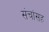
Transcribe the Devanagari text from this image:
संचांसह